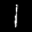
Label: 1